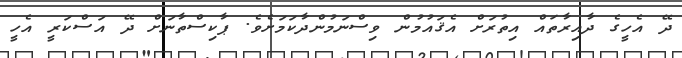
ދޭ އެހީގެ ދާއިރާތައް އިތުރަށް އެޤައުމުން ވިސްނަމުންދާކަމަށެވެ. ޕާކިސްތާނަށް ދޭ އަސްކަރީ އެހީ